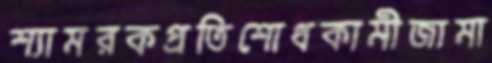
শ্যামরকপ্রতিশোধকামীজামা